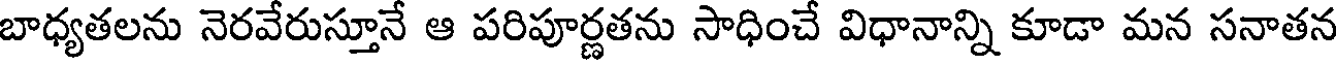
బాధ్యతలను నెరవేరుస్తూనే ఆ పరిపూర్ణతను సాధించే విధానాన్ని కూడా మన సనాతన